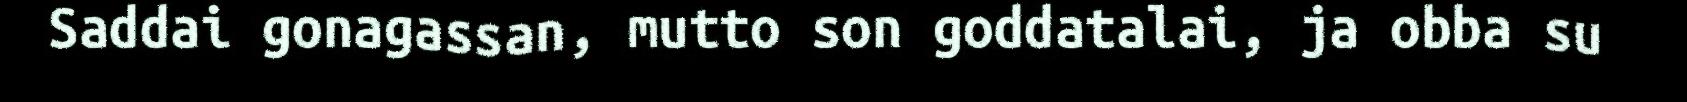
Saddai gonagassan, mutto son goddatalai, ja obba su